Vaccination in Bombay 1856-1862 - 1856-1862
Year: 1856
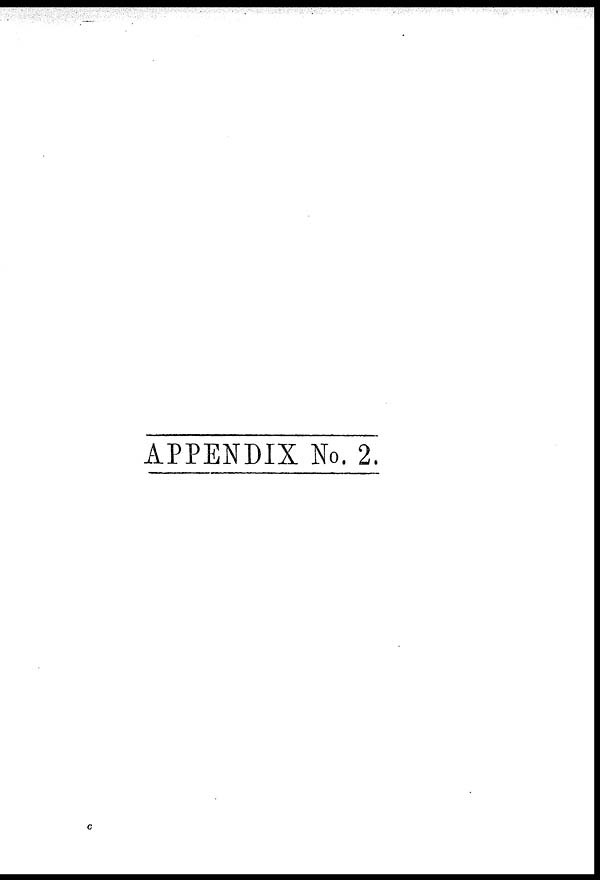
APPENDIX No. 2.
c